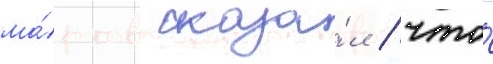
ма́ртов сказа́л / что́